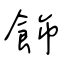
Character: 飾